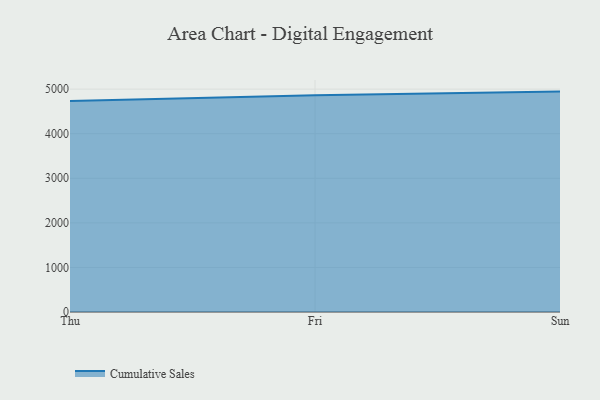
{"axis": {"x": "Day", "y": "Shipments"}, "legend": ["Cumulative Sales"], "data": [{"x": "Thu", "y": 4732.6, "type": "Cumulative Sales"}, {"x": "Fri", "y": 4860.9, "type": "Cumulative Sales"}, {"x": "Sun", "y": 4945.0, "type": "Cumulative Sales"}]}